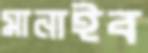
মানাইব